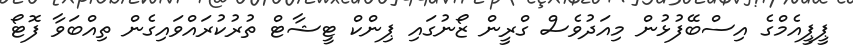
ޕީޕީއެމްގެ އިސްބޭފުޅުން މިއަދުވެސް ގްރީން ޒޯނުގައި ޕިންކް ޓީޝާޓް ތުރުކުރައްވައިގެން ތިއްބަވާ ފޮޓޯ